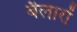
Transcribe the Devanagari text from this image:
बैलारों